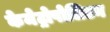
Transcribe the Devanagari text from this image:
केमेट्रोपोलिटन